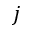
j